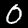
Digit: 0